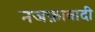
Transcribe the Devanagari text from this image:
नजफ़ाबादी